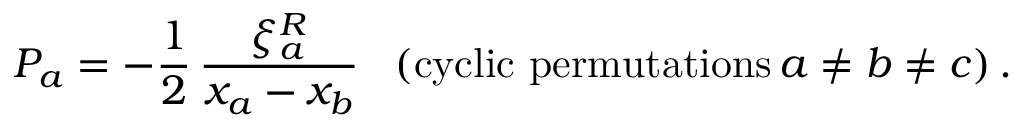
{ \cal P } _ { a } = - \frac { 1 } { 2 } \, \frac { \xi _ { a } ^ { R } } { x _ { a } - x _ { b } } \, \, \, \, \, ( \mathrm { c y c l i c ~ p e r m u t a t i o n s } \, a \not = b \not = c ) \, .